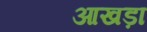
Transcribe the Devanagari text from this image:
आखड़ा